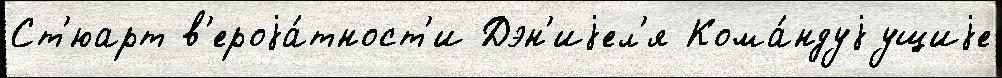
Ст'юарт в'ероjа́тност'и Дэн'иjел'я Кома́ндуjущиjе